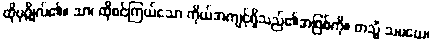
ထိုပုဂ္ဂိုလ်၏။ သာ၊ ထိုစင်ကြယ်သော ကိုယ်အကျင့်ရှိသည်၏အဖြစ်ကို။ တသ္မိံ သမယေ၊